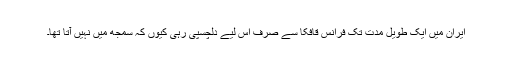
ایران میں ایک طویل مدت تک فرانس قافکا سے صرف اس لیے دلچسپی رہی کیوں کہ سمجھ میں نہیں آتا تھا۔